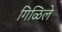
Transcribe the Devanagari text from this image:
गिळिले